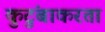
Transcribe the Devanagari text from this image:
कुटुंबाकरता